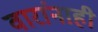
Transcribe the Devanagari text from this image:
वारांनाही